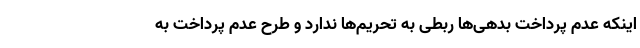
اینکه عدم پرداخت بدهی‌ها ربطی به تحریم‌ها ندارد و طرح عدم پرداخت به